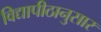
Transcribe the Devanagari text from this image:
विद्यापीठानुसार